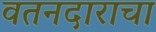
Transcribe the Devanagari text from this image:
वतनदाराचा